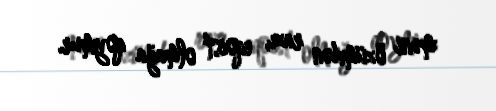
məni özümdən razı, eqoist olmağa qoymur.